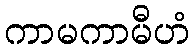
ကာမကာမီဟံ